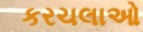
કરચલાઓ